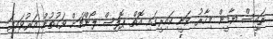
ރައީސް ޔާމީން މިހާރު ވަނީ ކައިރީގައި އޮތް ޕޮލިސް ލޯންޗަށް ވަގުތުން އަރުވައިފަ